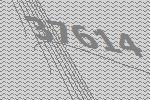
37614